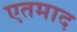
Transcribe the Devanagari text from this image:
एतमाद